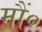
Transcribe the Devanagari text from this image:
मौं०